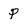
Character: P